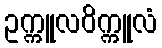
ဥက္ကူလဝိက္ကူလံ